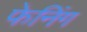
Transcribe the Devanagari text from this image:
फेनिंग